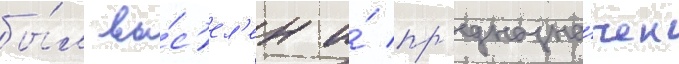
бы́л вы́с'ел'ен и́ пр'едназна́чен